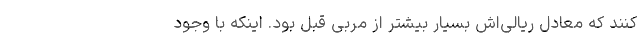
کنند که معادل ریالی‌اش بسیار بیشتر از مربی قبل بود. اینکه با وجود